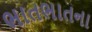
ભાતભાતના